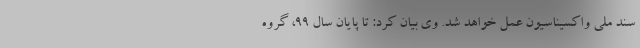
سند ملی واکسیناسیون عمل خواهد شد. وی بیان کرد: تا پایان سال ۹۹، گروه